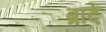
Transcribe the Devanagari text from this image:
ब्रादें